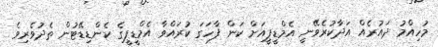
މުހިއްމު ދައުރެއް އަދާކުރެވޭނީ އެމްޑީޕީއަށް ކަން ފާހަގަ ކުރައްވާ އެމްޑީޕީގެ ކެންޑިޑޭޓުން ތެދުވެރިވެ